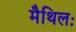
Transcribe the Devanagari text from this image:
मैथिलः